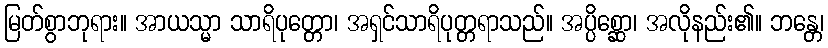
မြတ်စွာဘုရား။ အာယသ္မာ သာရိပုတ္တော၊ အရှင်သာရိပုတ္တရာသည်။ အပ္ပိစ္ဆော၊ အလိုနည်း၏။ ဘန္တေ၊